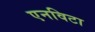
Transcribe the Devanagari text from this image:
एनविटा